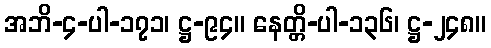
အဘိ-၄-ပါ-၁၇၁၊ ဋ္ဌ-၉၄။ နေတ္တိ-ပါ-၁၃၆၊ ဋ္ဌ-၂၄၈။